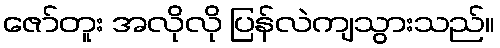
ဇော်တူး အလိုလို ပြန်လဲကျသွားသည်။